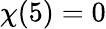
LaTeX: \chi(5)=0